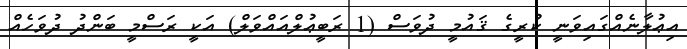
އިޢުލާނެއްގައިވަނީ ކުރީގެ ޤައުމީ ދުވަސް (1 ރަބީޢުލްއައްވަލް) އަކީ ރަސްމީ ބަންދު ދުވަހެއް